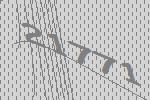
21771